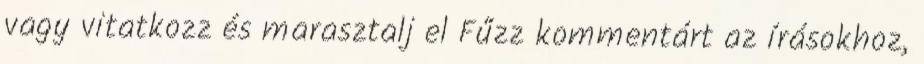
vagy vitatkozz és marasztalj el Fűzz kommentárt az írásokhoz,